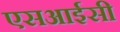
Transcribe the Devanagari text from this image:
एसआईसी